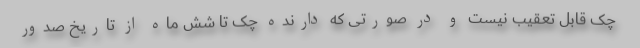
چک قابل تعقیب نیست و در صورتی که دارنده چک تا شش ماه از تاریخ صدور